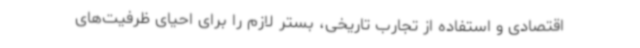
اقتصادی و استفاده از تجارب تاریخی، بستر لازم را برای احیای ظرفیت‌های